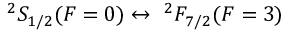
^ { 2 } S _ { 1 / 2 } ( F = 0 ) \leftrightarrow \ ^ { 2 } F _ { 7 / 2 } ( F = 3 )